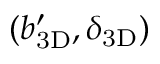
( \ensuremath { b _ { \mathrm { 3 D } } ^ { \prime } } , \ensuremath { \delta _ { \mathrm { 3 D } } } )